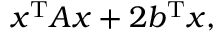
x ^ { \mathrm { T } } A x + 2 b ^ { \mathrm { T } } x ,